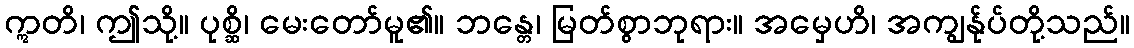
ဣတိ၊ ဤသို့။ ပုစ္ဆိ၊ မေးတော်မူ၏။ ဘန္တေ၊ မြတ်စွာဘုရား။ အမှေဟိ၊ အကျွန်ုပ်တို့သည်။